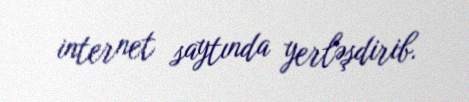
internet saytında yerləşdirib.